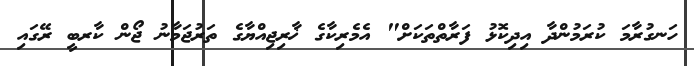
ހަނގުރާމަ ކުރަމުންދާ އިދިކޮޅު ފަރާތްތަކަށް" އެމެރިކާގެ ޚާރިޖިއްޔާގެ ތަރުޖަމާނު ޖޯން ކާރބީ ރޭގައި